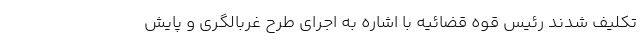
تکلیف شدند رئیس قوه قضائیه با اشاره به اجرای طرح غربالگری و پایش